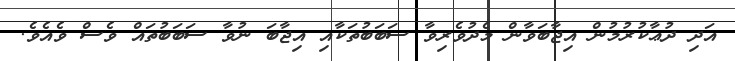
އަދި ދުޢާކުރުމުން އިޖާބަވާން މެދުވެރިވާ ސަބަބުތަކާއި އިޖާބަ ނުވާ ސަބަބުތައް ވެސް ވެއެވެ.